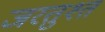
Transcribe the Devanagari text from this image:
जरतुश्त